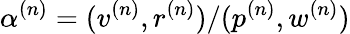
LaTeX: \alpha^{(n)}=(v^{(n)},r^{(n)})/(p^{(n)},w^{(n)})